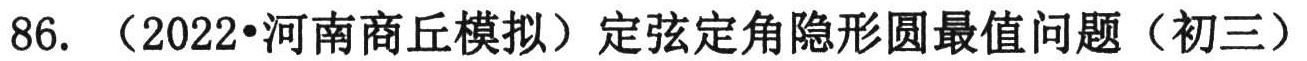
86. （2022•河南商丘模拟）定弦定角隐形圆最值问题（初三）